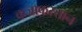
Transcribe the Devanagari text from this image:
कजाकस्तान